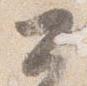
公